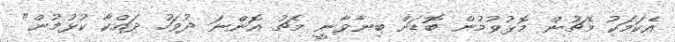
އެކަމަކު މެޗުން މޮޅުވުމުން ބޮޑަށް ބިނާވާނީ މެޗު އޮންނަ ދުވަހު ދައްކާ ކުޅުމުން"